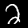
Label: 2